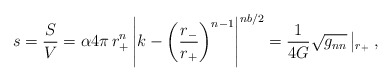
\begin{align*}s=\frac{S}{V} =\alpha 4\pi\,r_+^{n}\left| k-\left(\frac{r_-}{r_+}\right)^{n-1}\right|^{nb/2} = \frac{1}{4G} \sqrt{g_{nn}}\left|_{r_+} \right.,\end{align*}